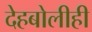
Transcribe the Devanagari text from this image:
देहबोलीही